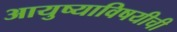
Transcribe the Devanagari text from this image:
आयुष्याविषयीची